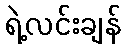
ရဲ့လင်းချန်